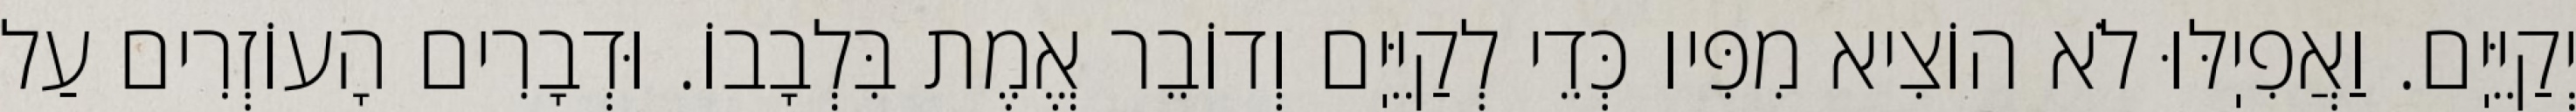
יְקַיֵּיֽם. וַאֲפִיֽלּוּ לֹא הוֹצִיא מִפִּיו כְּדֵי לְקַיֵּיֽם וְדוֹבֵר אֱמֶת בִּלְבָבוֹ. וּדְבָרִים הָעוֹזְרִים עַל